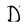
Character: D